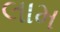
લામ